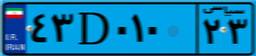
۸۳D۲۰۳۹۱